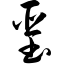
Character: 垩